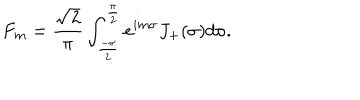
LaTeX: F _ { m } = \frac { \sqrt { 2 } } { \pi } \int _ { \frac { - \pi } { 2 } } ^ { \frac { \pi } { 2 } } e ^ { i m \sigma } J _ { + } ( \sigma ) d \sigma .